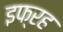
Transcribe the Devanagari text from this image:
इफ्रह